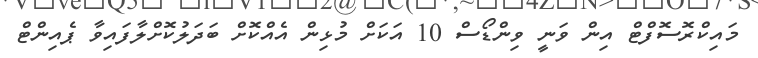
މައިކްރޮސޮފްޓް އިން ވަނީ ވިންޑޯސް 10 އަކަށް މުޅިން އެއްކޮށް ބަދަލުކޮށްލާފައިވާ ޕެއިންޓް